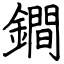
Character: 鐧